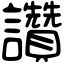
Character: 讚